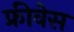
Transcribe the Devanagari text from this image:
फ्रीवेस